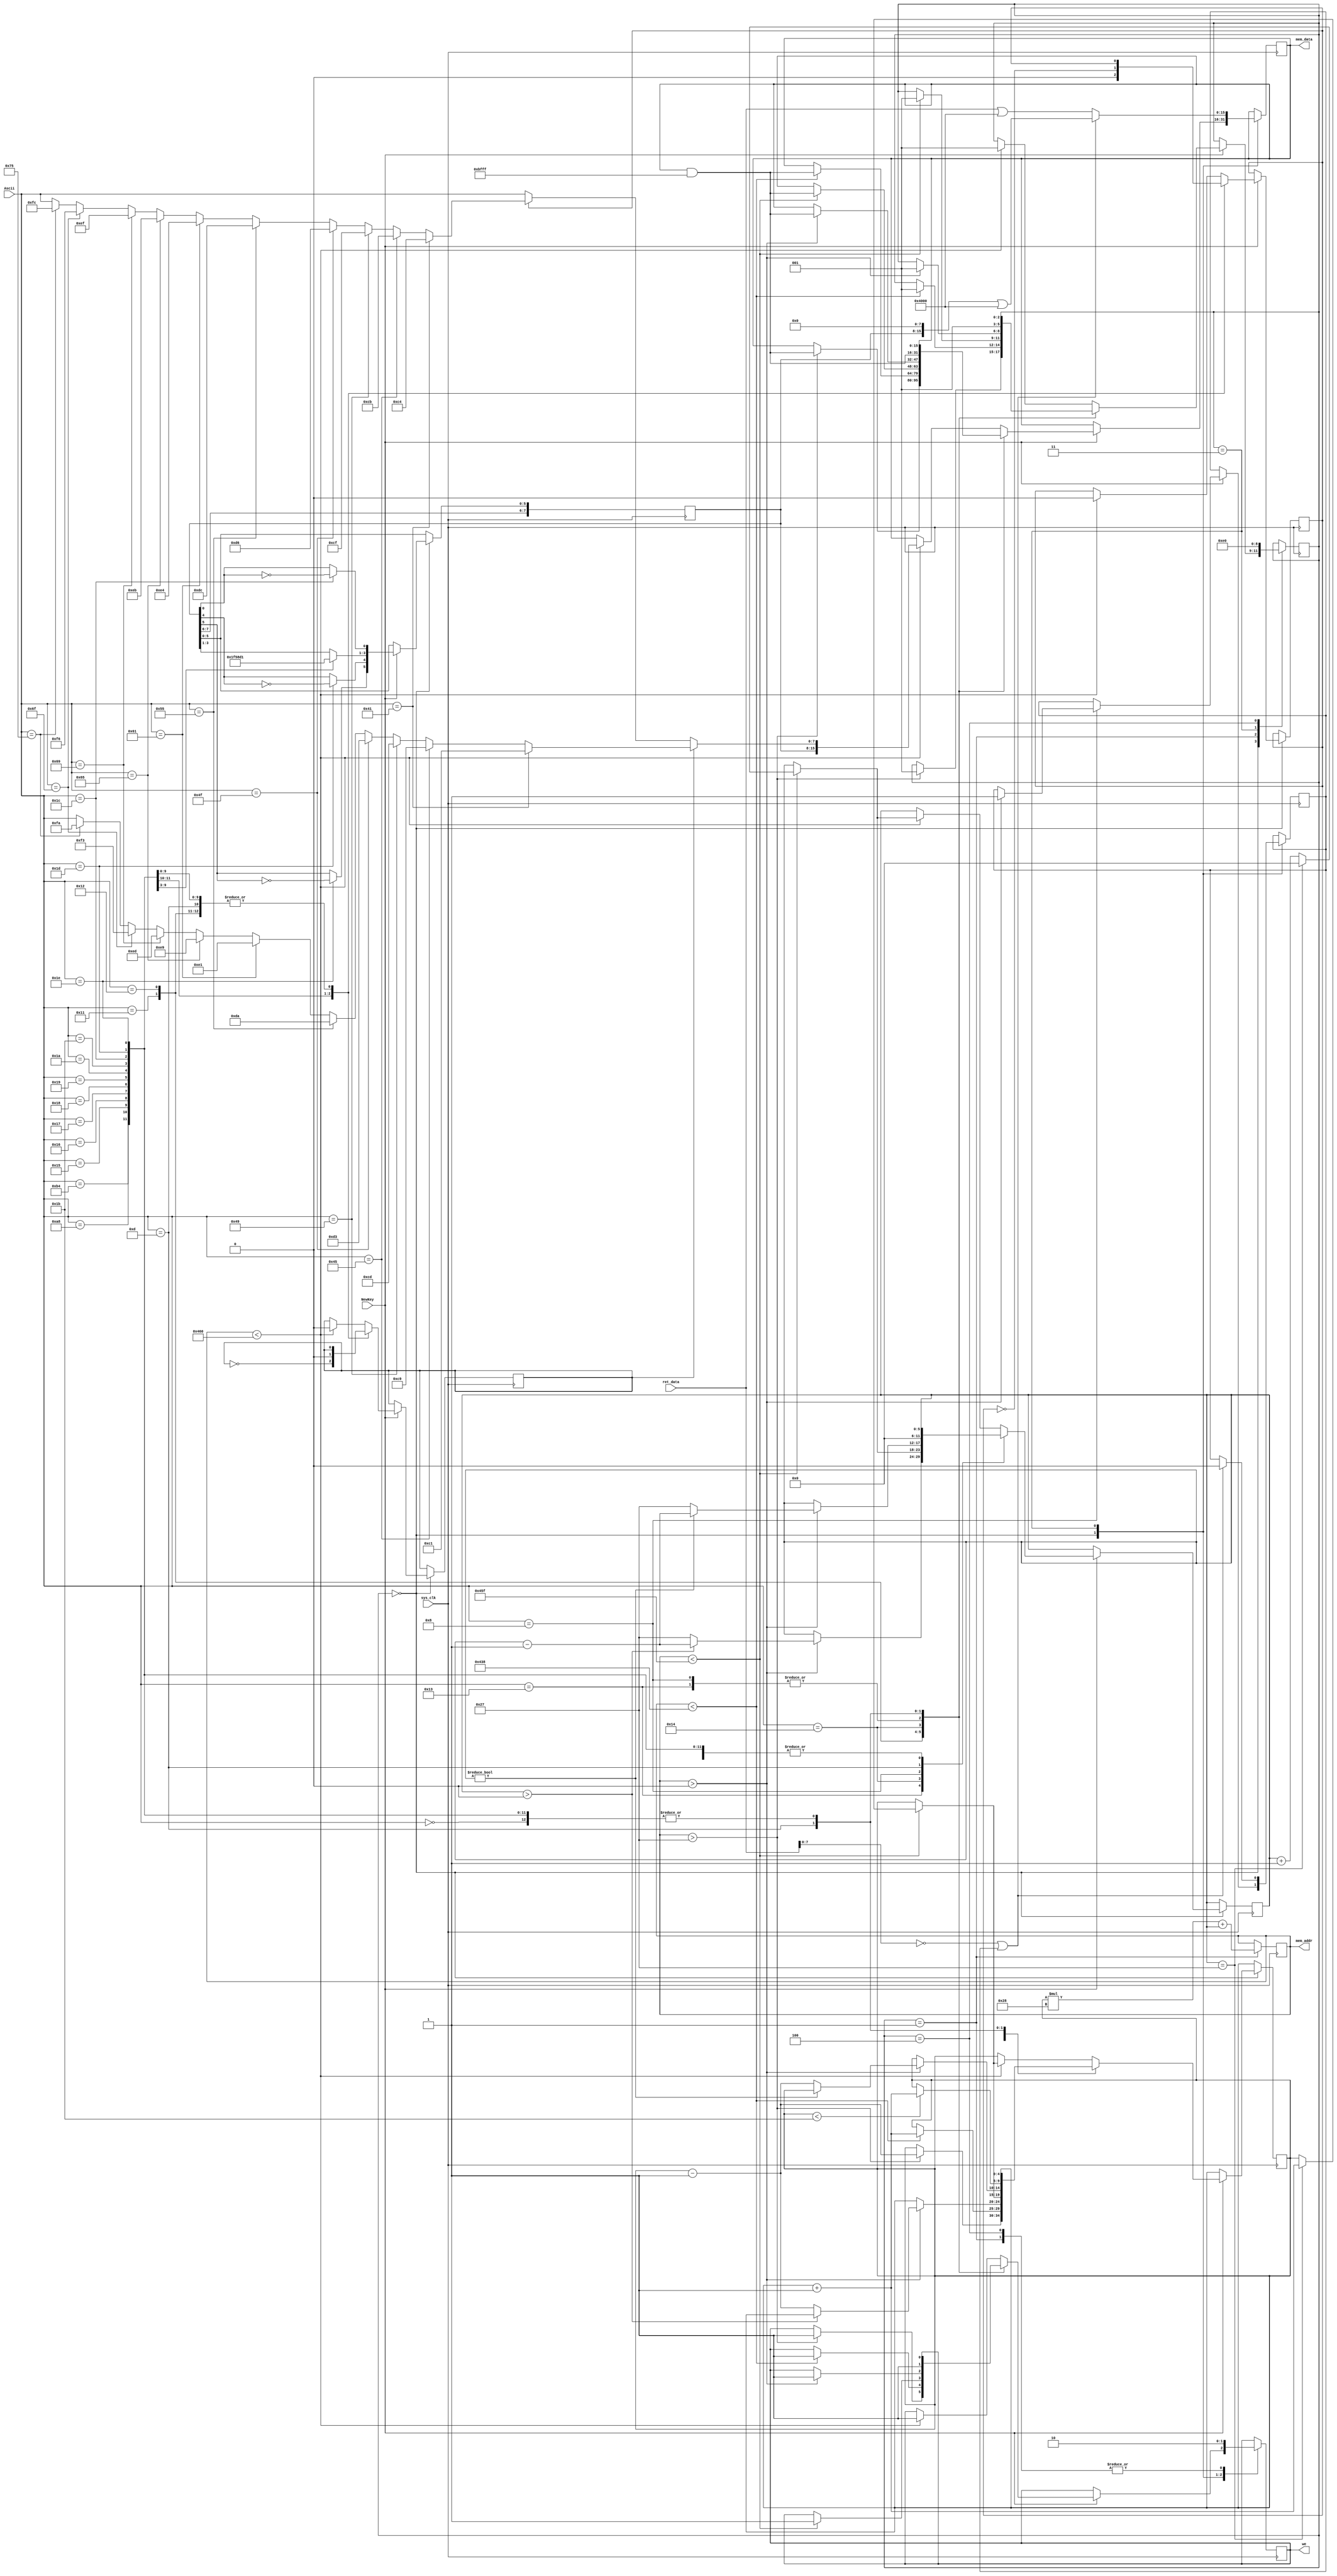
`timescale 1ns / 1ps
`default_nettype none
// Simple text editor for testing
// Antonio Snchez (@TheSonders)

// Each character require 16 bits
// Video Ram Struct:
// [14]Cursor [13]Blink [12]Inverted Video [11:8]RGBI Color [7:0]ASCII Char


// Masks for Set/Reset cursor
`define	ResetCursor		16'hBFFF
`define	SetCursor		16'h4000

// State Machine
`define 	WaitingKey		3'h0
`define	EraseCursor		3'h1
`define	UpdateCursor	3'h3
`define	FinishCursor	3'h4

`define	CWhite		3'h7
`define	CYellow		3'h6
`define	CMagenta		3'h5
`define	CRed			3'h4
`define	CCyan			3'h3
`define	CGreen		3'h2
`define	CBlue			3'h1
`define	BIntensity	0
`define	BInverted	4
`define	BBlink		5

`define	NULLCHAR		8'h00
`define	PAGEUP 		8'h01
`define	HOME			8'h02
`define	END			8'h03
`define	PAGEDN		8'h04
`define	BACKSPACE	8'h08
`define	TAB			8'h09
`define	RETURN		8'h0D
`define	UP				8'h11
`define	DOWN			8'h12
`define	LEFT			8'h13
`define	RIGHT			8'h14
`define	F1				8'h15
`define	F2				8'h16
`define	F3				8'h17
`define	F4				8'h18
`define	F5				8'h19
`define	F6				8'h1A
`define	F7				8'h1B
`define	F8				8'h1C
`define	F9				8'h1D
`define	F10			8'h1E
`define	F11			8'h1F
`define	DEL			8'h7F
`define	SPACE			8'h20
`define	TILDE			8'hB4
`define	DIERESIS		8'hA8

`define	MaxColumns	6'd40
`define	MaxRows		5'd28

module Text_Editor(
	input wire  sys_clk,
    input wire  NewKey,
	input wire  [7:0] Ascii,
	output reg [10:0] mem_addr=0,
	output reg [15:0] mem_data=0,
	output reg  we=0,
	input wire  [15:0]ret_data
    );
	 
reg [2:0] State=`WaitingKey;

reg [7:0] CurrentMode=8'h0F;
reg SignalDelete;
reg Tilde,Dieresis;

reg [5:0]Column=0;
reg [4:0]Row=0;

always @(posedge sys_clk) begin
case (State)
	`WaitingKey:
		if (NewKey) begin
			case (Ascii)
				`NULLCHAR:;
				`UP:
					if (mem_addr>11'd39) begin 
						mem_data=(mem_data & `ResetCursor);we=1;Row=Row-1;State=`EraseCursor;end
				`DOWN:
					if (mem_addr<11'd1080) begin 
						mem_data=(mem_data & `ResetCursor);we=1;Row=Row+1;State=`EraseCursor;end
				`LEFT:
					if (mem_addr>11'd0) begin 
						mem_data=(mem_data & `ResetCursor);we=1;
							if (Column>0) Column=Column-1;
							else begin Column=`MaxColumns-1;Row=Row-1;end
						State=`EraseCursor;end
				`RIGHT:
					if (mem_addr<11'd1119) begin 
						mem_data=(mem_data & `ResetCursor);we=1;
						if (Column==(`MaxColumns-1)) begin Column=0;Row=Row+1;end
						else Column=Column+6'd1;
						State=`EraseCursor;end
				`BACKSPACE:
					if (mem_addr>11'd0) begin 
						mem_data=(mem_data & `ResetCursor);we=1;
							if (Column) Column=Column-1;
							else begin Column=`MaxColumns-1;Row=Row-1;end
						State=`EraseCursor;SignalDelete=1;end
				`TILDE: begin
					Tilde=~Tilde;Dieresis=1'b0;end
				`DIERESIS: begin
					Dieresis=~Dieresis;Tilde=1'b0;end
				`RETURN: begin
					mem_data=(mem_data & `ResetCursor);we=1;Column=0;
					if (Row<(`MaxRows-1)) Row=Row+1;
					State=`EraseCursor;end
				`F1:  CurrentMode={CurrentMode[7:4],`CWhite,CurrentMode[0]};
				`F2:  CurrentMode={CurrentMode[7:4],`CYellow,CurrentMode[0]};
				`F3:  CurrentMode={CurrentMode[7:4],`CMagenta,CurrentMode[0]};
				`F4:  CurrentMode={CurrentMode[7:4],`CRed,CurrentMode[0]};
				`F5:  CurrentMode={CurrentMode[7:4],`CCyan,CurrentMode[0]};
				`F6:  CurrentMode={CurrentMode[7:4],`CGreen,CurrentMode[0]};
				`F7:  CurrentMode={CurrentMode[7:4],`CBlue,CurrentMode[0]};
				`F8:  CurrentMode[`BIntensity]=CurrentMode[`BIntensity]^1;
				`F9:  CurrentMode[`BInverted]=CurrentMode[`BInverted]^1;
				`F10: CurrentMode[`BBlink]=CurrentMode[`BBlink]^1;
				default:
					if (mem_addr<11'd1120) begin
						if (Tilde) begin
							mem_data=
							(Ascii==8'h41)?{CurrentMode,8'hC1}:
							(Ascii==8'h45)?{CurrentMode,8'hC9}:
							(Ascii==8'h49)?{CurrentMode,8'hCD}:
							(Ascii==8'h4F)?{CurrentMode,8'hD3}:
							(Ascii==8'h55)?{CurrentMode,8'hDA}:
							(Ascii==8'h61)?{CurrentMode,8'hE1}:
							(Ascii==8'h65)?{CurrentMode,8'hE9}:
							(Ascii==8'h69)?{CurrentMode,8'hED}:
							(Ascii==8'h6F)?{CurrentMode,8'hF3}:
							(Ascii==8'h75)?{CurrentMode,8'hFA}:		
							{CurrentMode,Ascii};
							Tilde=1'b0;Dieresis=1'b0;
						end
						else if (Dieresis) begin
							mem_data=
							(Ascii==8'h41)?{CurrentMode,8'hC4}:
							(Ascii==8'h45)?{CurrentMode,8'hCB}:
							(Ascii==8'h49)?{CurrentMode,8'hCF}:
							(Ascii==8'h4F)?{CurrentMode,8'hD6}:
							(Ascii==8'h55)?{CurrentMode,8'hDC}:
							(Ascii==8'h61)?{CurrentMode,8'hE4}:
							(Ascii==8'h65)?{CurrentMode,8'hEB}:
							(Ascii==8'h69)?{CurrentMode,8'hEF}:
							(Ascii==8'h6F)?{CurrentMode,8'hF6}:
							(Ascii==8'h75)?{CurrentMode,8'hFC}:		
							{CurrentMode,Ascii};
							Tilde=1'b0;Dieresis=1'b0;
						end						
						else begin
							mem_data={CurrentMode,Ascii};
						end
						if (mem_addr<11'd1119) begin 
								if (Column==(`MaxColumns-1)) begin Column=0;Row=Row+1;end
								else Column=Column+6'd1; end
						State=`EraseCursor;we=1;
					end
			endcase  //Ascii			
		end
	`EraseCursor: begin
		we=0;mem_addr=Row*40 + Column;
		State=`UpdateCursor;end
	`UpdateCursor: begin
		if ((ret_data[7:0]==8'h00) || (SignalDelete)) begin  // Memory not initialized or delete character
			mem_data=({CurrentMode,`NULLCHAR} | `SetCursor);
			SignalDelete=0;end
		else mem_data=(ret_data | `SetCursor);
		we=1;State=`FinishCursor;end
	`FinishCursor: begin
		we=0;State=`WaitingKey;end	
endcase  //State
end

endmodule